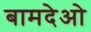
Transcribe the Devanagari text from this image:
बामदेओ